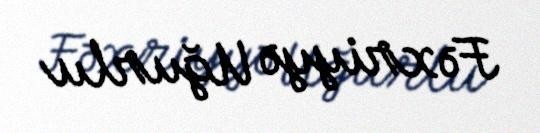
Fəxriyyə Uğurlu